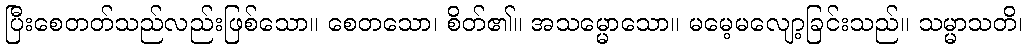
ပြီးစေတတ်သည်လည်းဖြစ်သော။ စေတသော၊ စိတ်၏။ အသမ္မောသော။ မမေ့မလျော့ခြင်းသည်။ သမ္မာသတိ၊